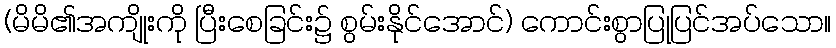
(မိမိ၏အကျိုးကို ပြီးစေခြင်း၌ စွမ်းနိုင်အောင်) ကောင်းစွာပြုပြင်အပ်သော။